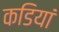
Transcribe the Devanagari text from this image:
कडियां